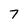
Character: 7